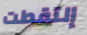
إلتقطت